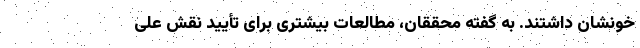
خونشان داشتند. به گفته محققان، مطالعات بیشتری برای تأیید نقش علّی